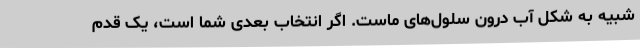
شبیه به شکل آب درون سلول‌های ماست. اگر انتخاب بعدی شما است، یک قدم